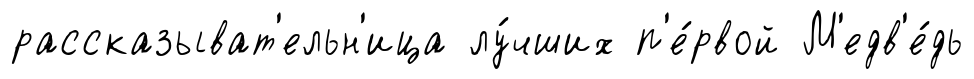
рассказыват'ельн'ица лу́чших п'е́рвой М'едв'е́дь